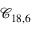
\mathcal { C } _ { 1 8 , 6 }